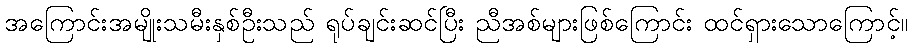
အကြောင်းအမျိုးသမီးနှစ်ဦးသည် ရုပ်ချင်းဆင်ပြီး ညီအစ်များဖြစ်ကြောင်း ထင်ရှားသောကြောင့်။